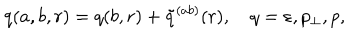
q ( a , b , r ) = q ( b , r ) + \tilde { q } ^ { ( a b ) } ( r ) , \quad q = \varepsilon , p _ { \perp } , p ,